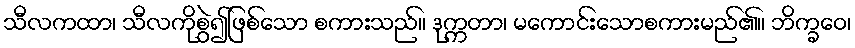
သီလကထာ၊ သီလကိုစွဲ၍ဖြစ်သော စကားသည်။ ဒုက္ကတာ၊ မကောင်းသောစကားမည်၏။ ဘိက္ခဝေ၊